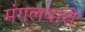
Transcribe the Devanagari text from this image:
मंगलवारी